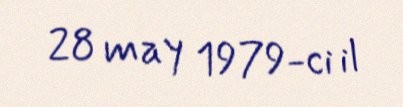
28 may 1979-ci il